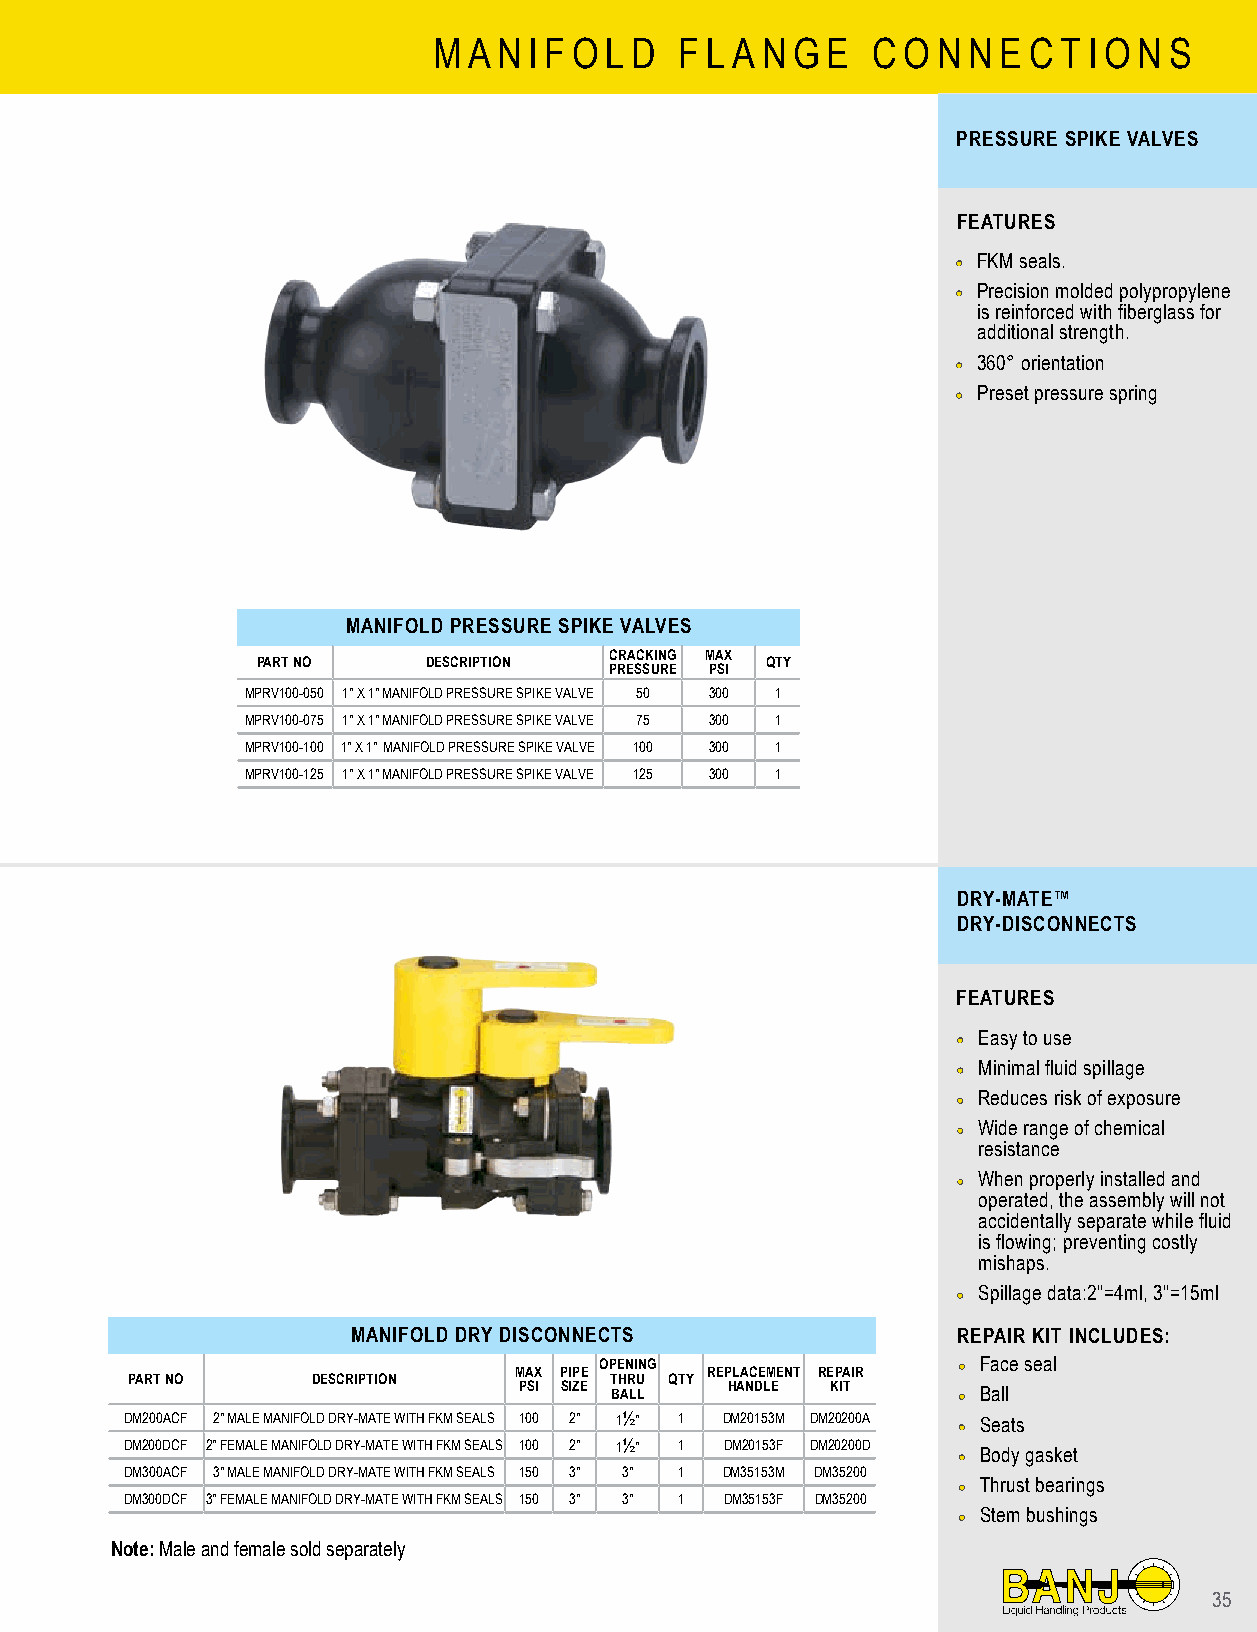
M A N I F O L D F L A N G E  C O N N E C T I O N S
 PRESSURE SPIKE VALVES
 FEATURES
 •• FKM seals.
 •• Precision molded polypropylene
 is reinforced with fiberglass for
 additional strength.
 •• 360° orientation
 •• Preset pressure spring
 MANIFOLD PRESSURE SPIKE VALVES
 CRACKING MAX
 PART NO    DESCRIPTION            QTY
 PRESSURE PSI
 MPRV100-050 1" X 1" MANIFOLD PRESSURE SPIKE VALVE 50 300 1
 MPRV100-075 1" X 1" MANIFOLD PRESSURE SPIKE VALVE 75 300 1
 MPRV100-100 1" X 1" MANIFOLD PRESSURE SPIKE VALVE 100 300 1
 MPRV100-125 1" X 1" MANIFOLD PRESSURE SPIKE VALVE 125 300 1
 DRY-MATE™
 DRY-DISCONNECTS
 FEATURES
 •• Easy to use
 •• Minimal fluid spillage
 •• Reduces risk of exposure
 •• Wide range of chemical
 resistance
 •• When properly installed and
 operated, the assembly will not
 accidentally separate while fluid
 is flowing; preventing costly
 mishaps.
 •• Spillage data:2"=4ml, 3"=15ml
 MANIFOLD DRY DISCONNECTS                REPAIR KIT INCLUDES:
 MAX PIPE OPENING REPLACEMENT REPAIR •• Face seal
 PART NO      DESCRIPTION        THRU QTY
 PSI SIZE BALL HANDLE KIT     •• Ball
 DM200ACF 2" MALE MANIFOLD DRY-MATE WITH FKM SEALS 100 2" 1½" 1 DM20153M DM20200A •• Seats
 DM200DCF 2" FEMALE MANIFOLD DRY-MATE WITH FKM SEALS 100 2" 1½" 1 DM20153F DM20200D
 •• Body gasket
 DM300ACF 3" MALE MANIFOLD DRY-MATE WITH FKM SEALS 150 3" 3" 1 DM35153M DM35200
 •• Thrust bearings
 DM300DCF 3" FEMALE MANIFOLD DRY-MATE WITH FKM SEALS 150 3" 3" 1 DM35153F DM35200
 •• Stem bushings
 Note: Male and female sold separately
 35